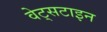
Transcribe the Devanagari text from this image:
वेट्सटाइन